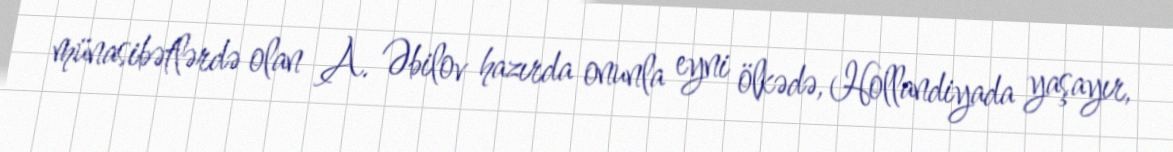
münasibətlərdə olan A. Əbilov hazırda onunla eyni ölkədə, Hollandiyada yaşayır,